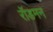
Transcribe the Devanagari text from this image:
रॉडमन